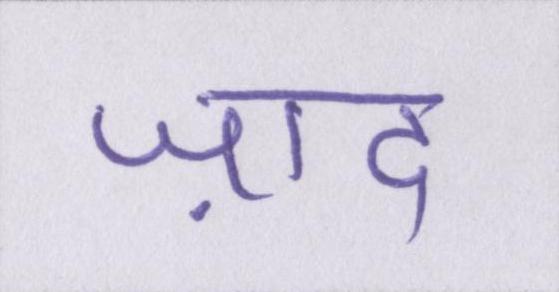
ज़ाद